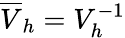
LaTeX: \overline{{V}}_{h}=V_{h}^{-1}